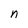
Character: n